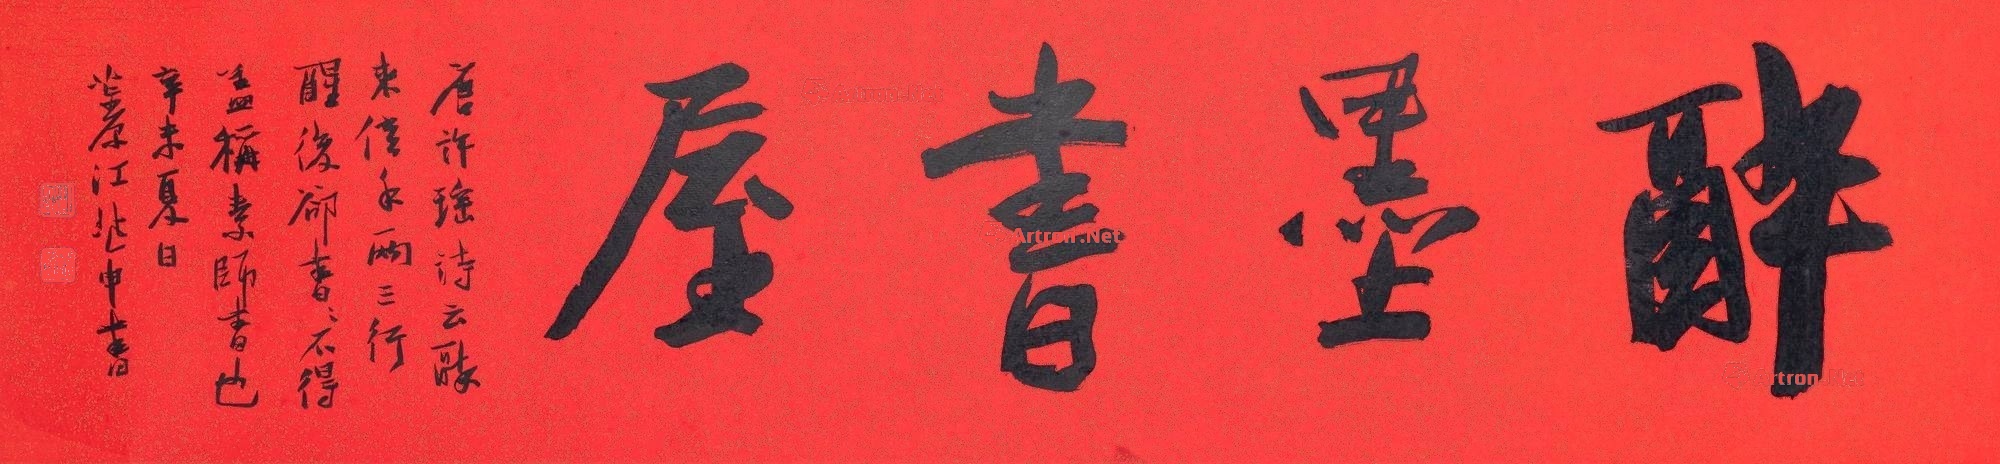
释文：醉墨书屋。唐许瑶诗云。醉来信手两三行，醒后却书书不得。盖称原师书也。辛为夏日。为夏日。茮原江兆申书。